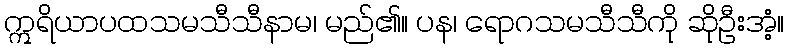
ဣရိယာပထသမသီသီနာမ၊ မည်၏။ ပန၊ ရောဂသမသီသီကို ဆိုဦးအံ့။